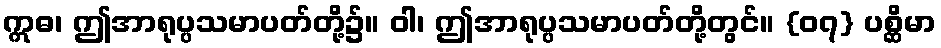
ဣဓ၊ ဤအာရုပ္ပသမာပတ်တို့၌။ ဝါ၊ ဤအာရုပ္ပသမာပတ်တို့တွင်။ {၀၇} ပစ္ဆိမာ